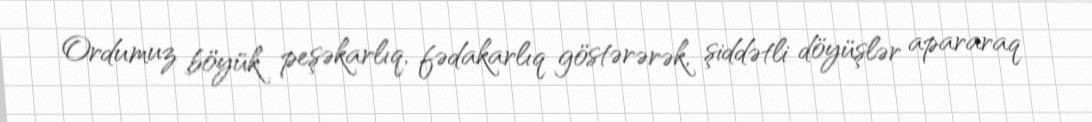
Ordumuz böyük peşəkarlıq, fədakarlıq göstərərək, şiddətli döyüşlər apararaq